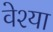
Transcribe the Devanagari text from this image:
वेश्‍या